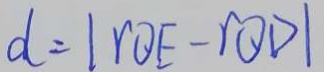
d = \vert r \theta E - r \theta D \vert